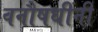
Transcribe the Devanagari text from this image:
वनौषधींनी